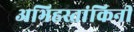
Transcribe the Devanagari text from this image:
अभिहस्तांकिनी